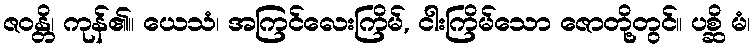
ဇဝန္တိ၊ ကုန်၏။ ယေသံ၊ အကြင်လေးကြိမ်, ငါးကြိမ်သော ဇောတို့တွင်။ ပစ္ဆိ မံ၊